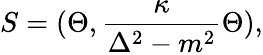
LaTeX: S=(\Theta,{\frac{\kappa}{\Delta^{2}-m^{2}}}\Theta),